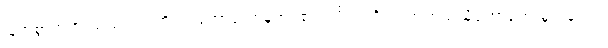
မြတ်စွာဘုရားသည်။ ဘဏိတံ၊ ဟောတော်မူအပ်၏။ ကိံဘဏိတံ၊ အဘယ်သို့ဟောတော်မူသနည်း။